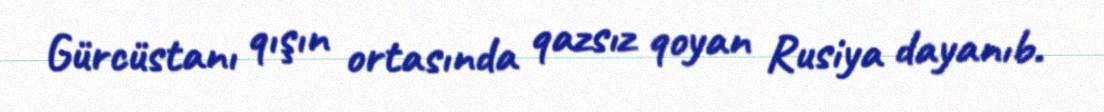
Gürcüstanı qışın ortasında qazsız qoyan Rusiya dayanıb.